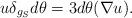
LaTeX: \begin{align*}u\delta_{g_S} d\theta=3d\theta(\nabla u).\end{align*}